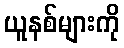
ယူနစ်များကို